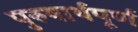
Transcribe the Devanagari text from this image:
पुरुषार्थपूर्ण